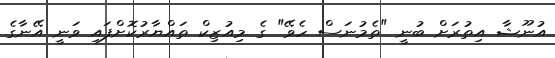
އުނޫޝާ އިތުރަށް ބުނީ "ތެމުނަސް ހެވޭ" ގެ މިއުޒިކް ތައްޔާރުކޮށްފައި ވަނީ އޭނާގެ